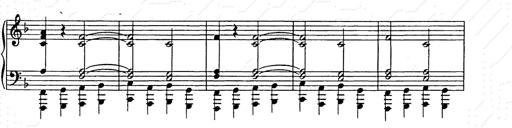
Title: Weihnachtsbaum
Composer: Franz Liszt